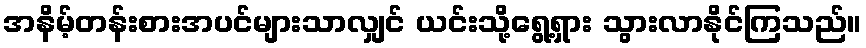
အနိမ့်တန်းစားအပင်များသာလျှင် ယင်းသို့ရွေ့ရှား သွားလာနိုင်ကြသည်။